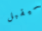
سيقبل